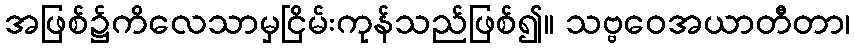
အဖြစ်၌ကိလေသာမှငြိမ်းကုန်သည်ဖြစ်၍။ သဗ္ဗဝေအယာတီတာ၊